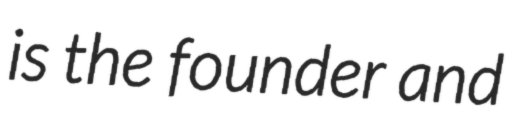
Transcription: is the founder and